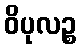
ဝိပုလဉ္စ